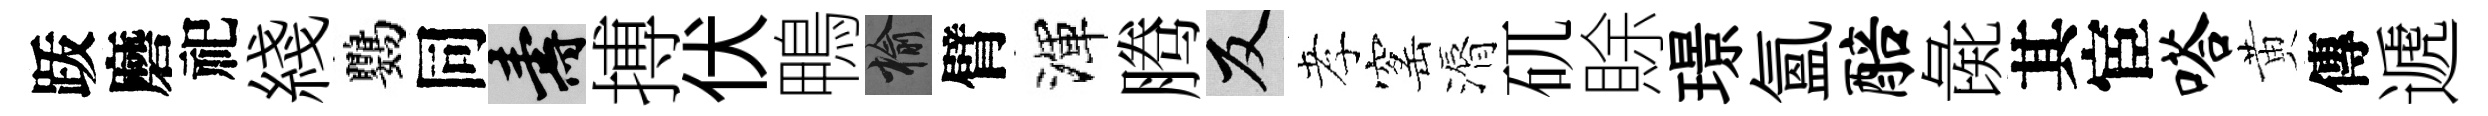
䟦磨祀綫鸚同壽搏伏鴨榆臂渾腾反孝窰漘矹賖璟氲醅彘其宦嗒黄傳遞